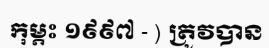
កុម្ភះ ១៩៩៧ - ) ត្រូវបាន